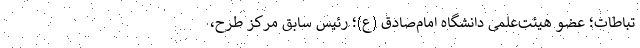
تباطات؛ عضو هیئت‌علمی دانشگاه امام‌صادق (ع)؛ رئیس سابق مرکز طرح،